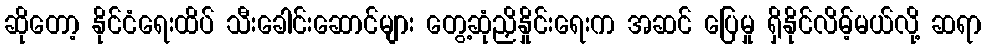
ဆိုတော့ နိုင်ငံရေးထိပ် သီးခေါင်းဆောင်များ တွေ့ဆုံညှိနှိုင်းရေးက အဆင် ပြေမှု ရှိနိုင်လိမ့်မယ်လို့ ဆရာ